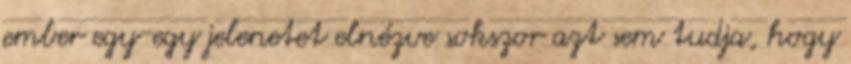
ember egy-egy jelenetet elnézve sokszor azt sem tudja, hogy